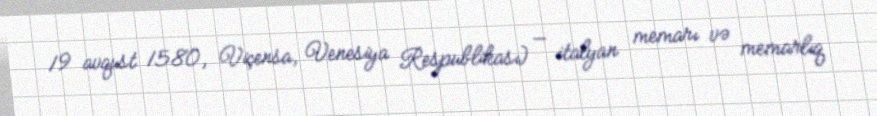
19 avqust 1580, Viçensa, Venesiya Respublikası) — italyan memarı və memarlıq